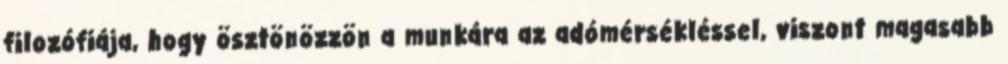
filozófiája, hogy ösztönözzön a munkára az adómérsékléssel, viszont magasabb